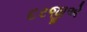
દરજીએ